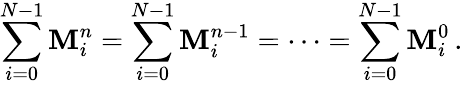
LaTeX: \sum_{i=0}^{N-1}\mathbf{M}_{i}^{n}=\sum_{i=0}^{N-1}\mathbf{M}_{i}^{n-1}=\cdots=\sum_{i=0}^{N-1}\mathbf{M}_{i}^{0}\, .